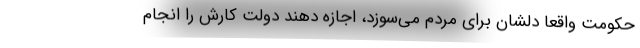
حکومت واقعا دلشان برای مردم می‌سوزد، اجازه دهند دولت کارش را انجام